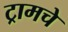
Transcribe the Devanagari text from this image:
ट्रामचे